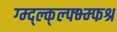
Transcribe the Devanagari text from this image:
ग्म्द्ल्क्ल्फ्भ्म्फश्र